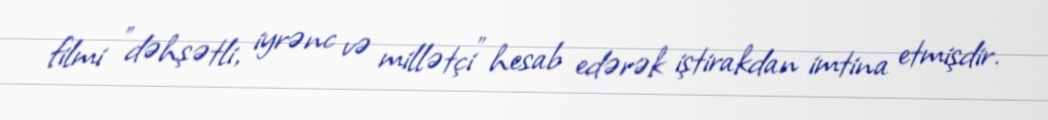
filmi "dəhşətli, iyrənc və millətçi" hesab edərək iştirakdan imtina etmişdir.